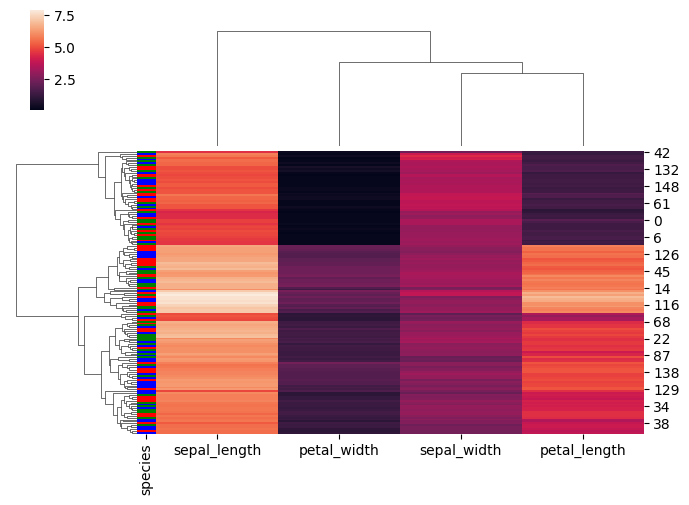
python, seaborn, clustermap, figsize=(7, 5), row_cluster=True, dendrogram_ratio=(0.2, 0.3), cbar_pos=(0.05, 0.8, 0.02, 0.2)